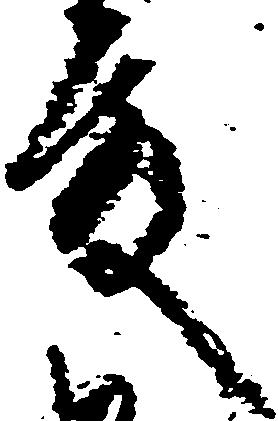
殿